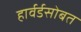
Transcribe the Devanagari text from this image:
हार्वर्डसोबत